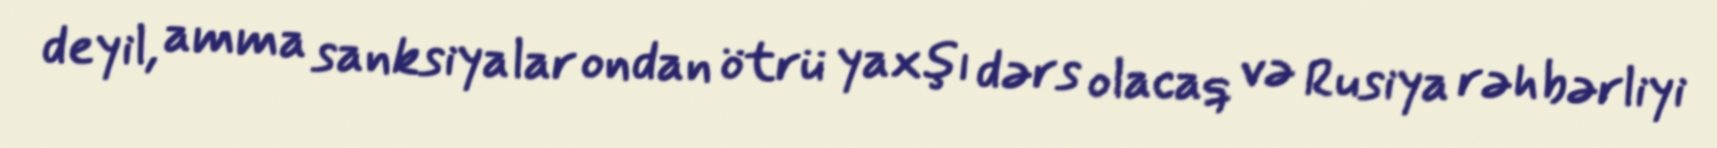
deyil, amma sanksiyalar ondan ötrü yaxşı dərs olacaq və Rusiya rəhbərliyi